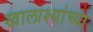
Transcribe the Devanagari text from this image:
खालाश्यांच्या